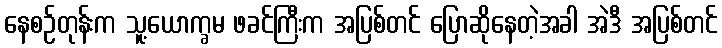
နေစဉ်တုန်းက သူ့ယောက္ခမ ဖခင်ကြီးက အပြစ်တင် ပြောဆိုနေတဲ့အခါ အဲဒီ အပြစ်တင်